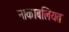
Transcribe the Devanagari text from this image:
नाकाबलियत